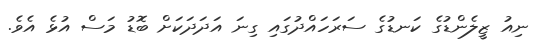
ނިއު ޒީލެންޑުގެ ކަނޑުގެ ސަރަހައްދުގައި ގިނަ އަދަދަކަށް ބޮޑު މަސް އުޅެ އެވެ.